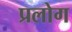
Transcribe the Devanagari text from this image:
प्रलोग